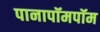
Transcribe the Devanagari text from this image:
पानापॉमपॉम